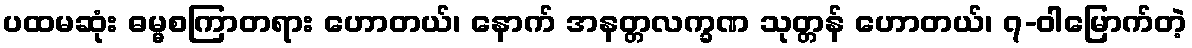
ပထမဆုံး ဓမ္မစကြာတရား ဟောတယ်၊ နောက် အနတ္တလက္ခဏ သုတ္တန် ဟောတယ်၊ ၇-ဝါမြောက်တဲ့